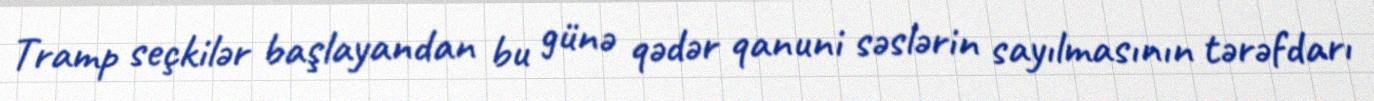
Tramp seçkilər başlayandan bu günə qədər qanuni səslərin sayılmasının tərəfdarı